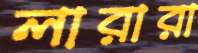
লারারা